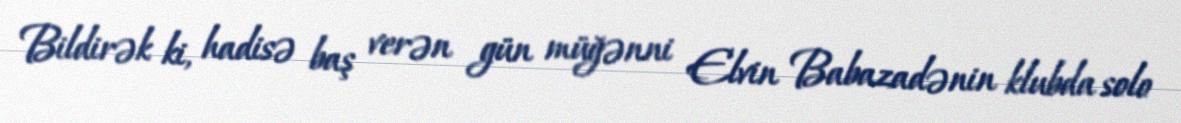
Bildirək ki, hadisə baş verən gün müğənni Elvin Babazadənin klubda solo